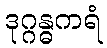
ဒုဂ္ဂန္ဓကရံ